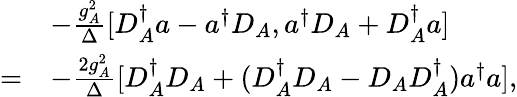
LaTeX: \begin{array}{rl}&{-\frac{g_{A}^{2}}{\Delta}[D_{A}^{\dagger}a-a^{\dagger}D_{A},a^{\dagger}D_{A}+D_{A}^{\dagger}a]}\\ {=}&{-\frac{2g_{A}^{2}}{\Delta}[D_{A}^{\dagger}D_{A}+(D_{A}^{\dagger}D_{A}-D_{A}D_{A}^{\dagger})a^{\dagger}a],}\end{array}